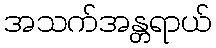
အသက်အန္တရာယ်